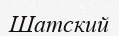
Шатский